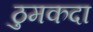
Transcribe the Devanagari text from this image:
ठुमकदा